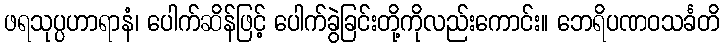
ဖရသုပ္ပဟာရာနံ၊ ပေါက်ဆိန်ဖြင့် ပေါက်ခွဲခြင်းတို့ကိုလည်းကောင်း။ ဘေရိပဏဝသင်္ခတိ